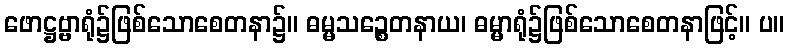
ဖောဋ္ဌဗ္ဗာရုံ၌ဖြစ်သောစေတနာ၌။ ဓမ္မသဉ္စေတနာယ၊ ဓမ္မာရုံ၌ဖြစ်သောစေတနာဖြင့်။ ပ။